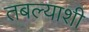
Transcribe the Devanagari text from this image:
तबल्याशी